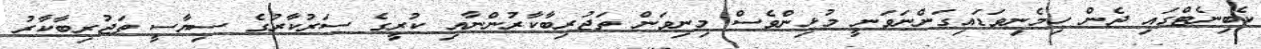
ކެބިނެޓްގައި ދެން ހިމެނިވަޑައިގަންނަވަނީ މުޅިންވެސް މިނިވަން ތަޖުރިބާކާރުންނާއި ކުރީގެ ސަރުކާރުގެ ސިޔާސީ ތަޖުރިބާކާރު